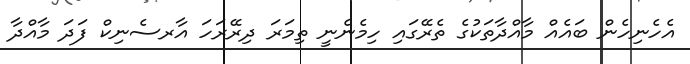
އެހެނިހެން ބައެއް މާއްދާތަކުގެ ތެރޭގައި ހިމެނެނީ ތިމަރަ ދިރޭރަހަ އާރސެނިކް ފަދަ މާއްދާ